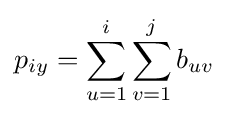
p_{iy}=\sum _{u=1}^{i}\sum _{v=1}^{j}b_{uv}